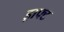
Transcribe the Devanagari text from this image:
ड्राफ्‍ट